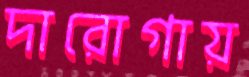
দারোগায়